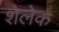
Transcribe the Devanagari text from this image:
शेलेक